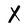
Character: X